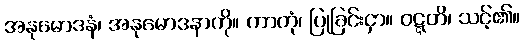
အနုမောဒနံ၊ အနုမောဒနာကို။ ကာတုံ၊ ပြုခြင်းငှာ။ ဝဋ္ဋတိ၊ သင့်၏။